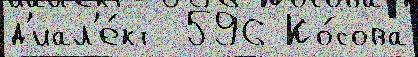
д'иал'е́кт  596 Ко́сова